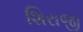
શિરાજી